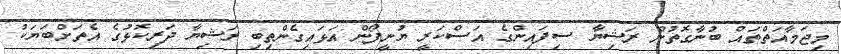
މިޖަމާއަތްތައް ބުނާގޮތުން ރަޝިޔާ ސިފައިންގެ އަސްކަރީ ޔުނީފޯން އަޅައިގެންތިބި ރަޝިޔާ ދަރިކޮޅުގެ އެތަށްބަޔަކު